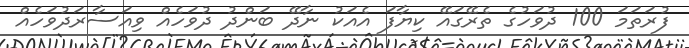
ފުރަތަމަ 100 ދުވަހުގެ ތެރޭގައޭ ކިޔާފަ އެއަކު ނާދޭ ބަންދު ދުވަހެއް ވިއަސާރަދުވަހެއް